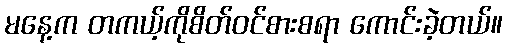
မနေ့က တကယ့်ကိုစိတ်ဝင်စားစရာ ကောင်းခဲ့တယ်။